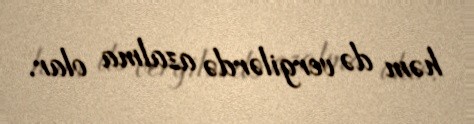
həm də vergilərdə azalma olar.